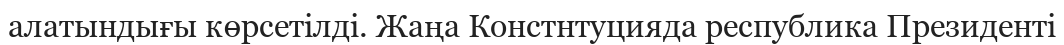
алатындығы көрсетілді. Жаңа Констнтуцияда республика Президенті